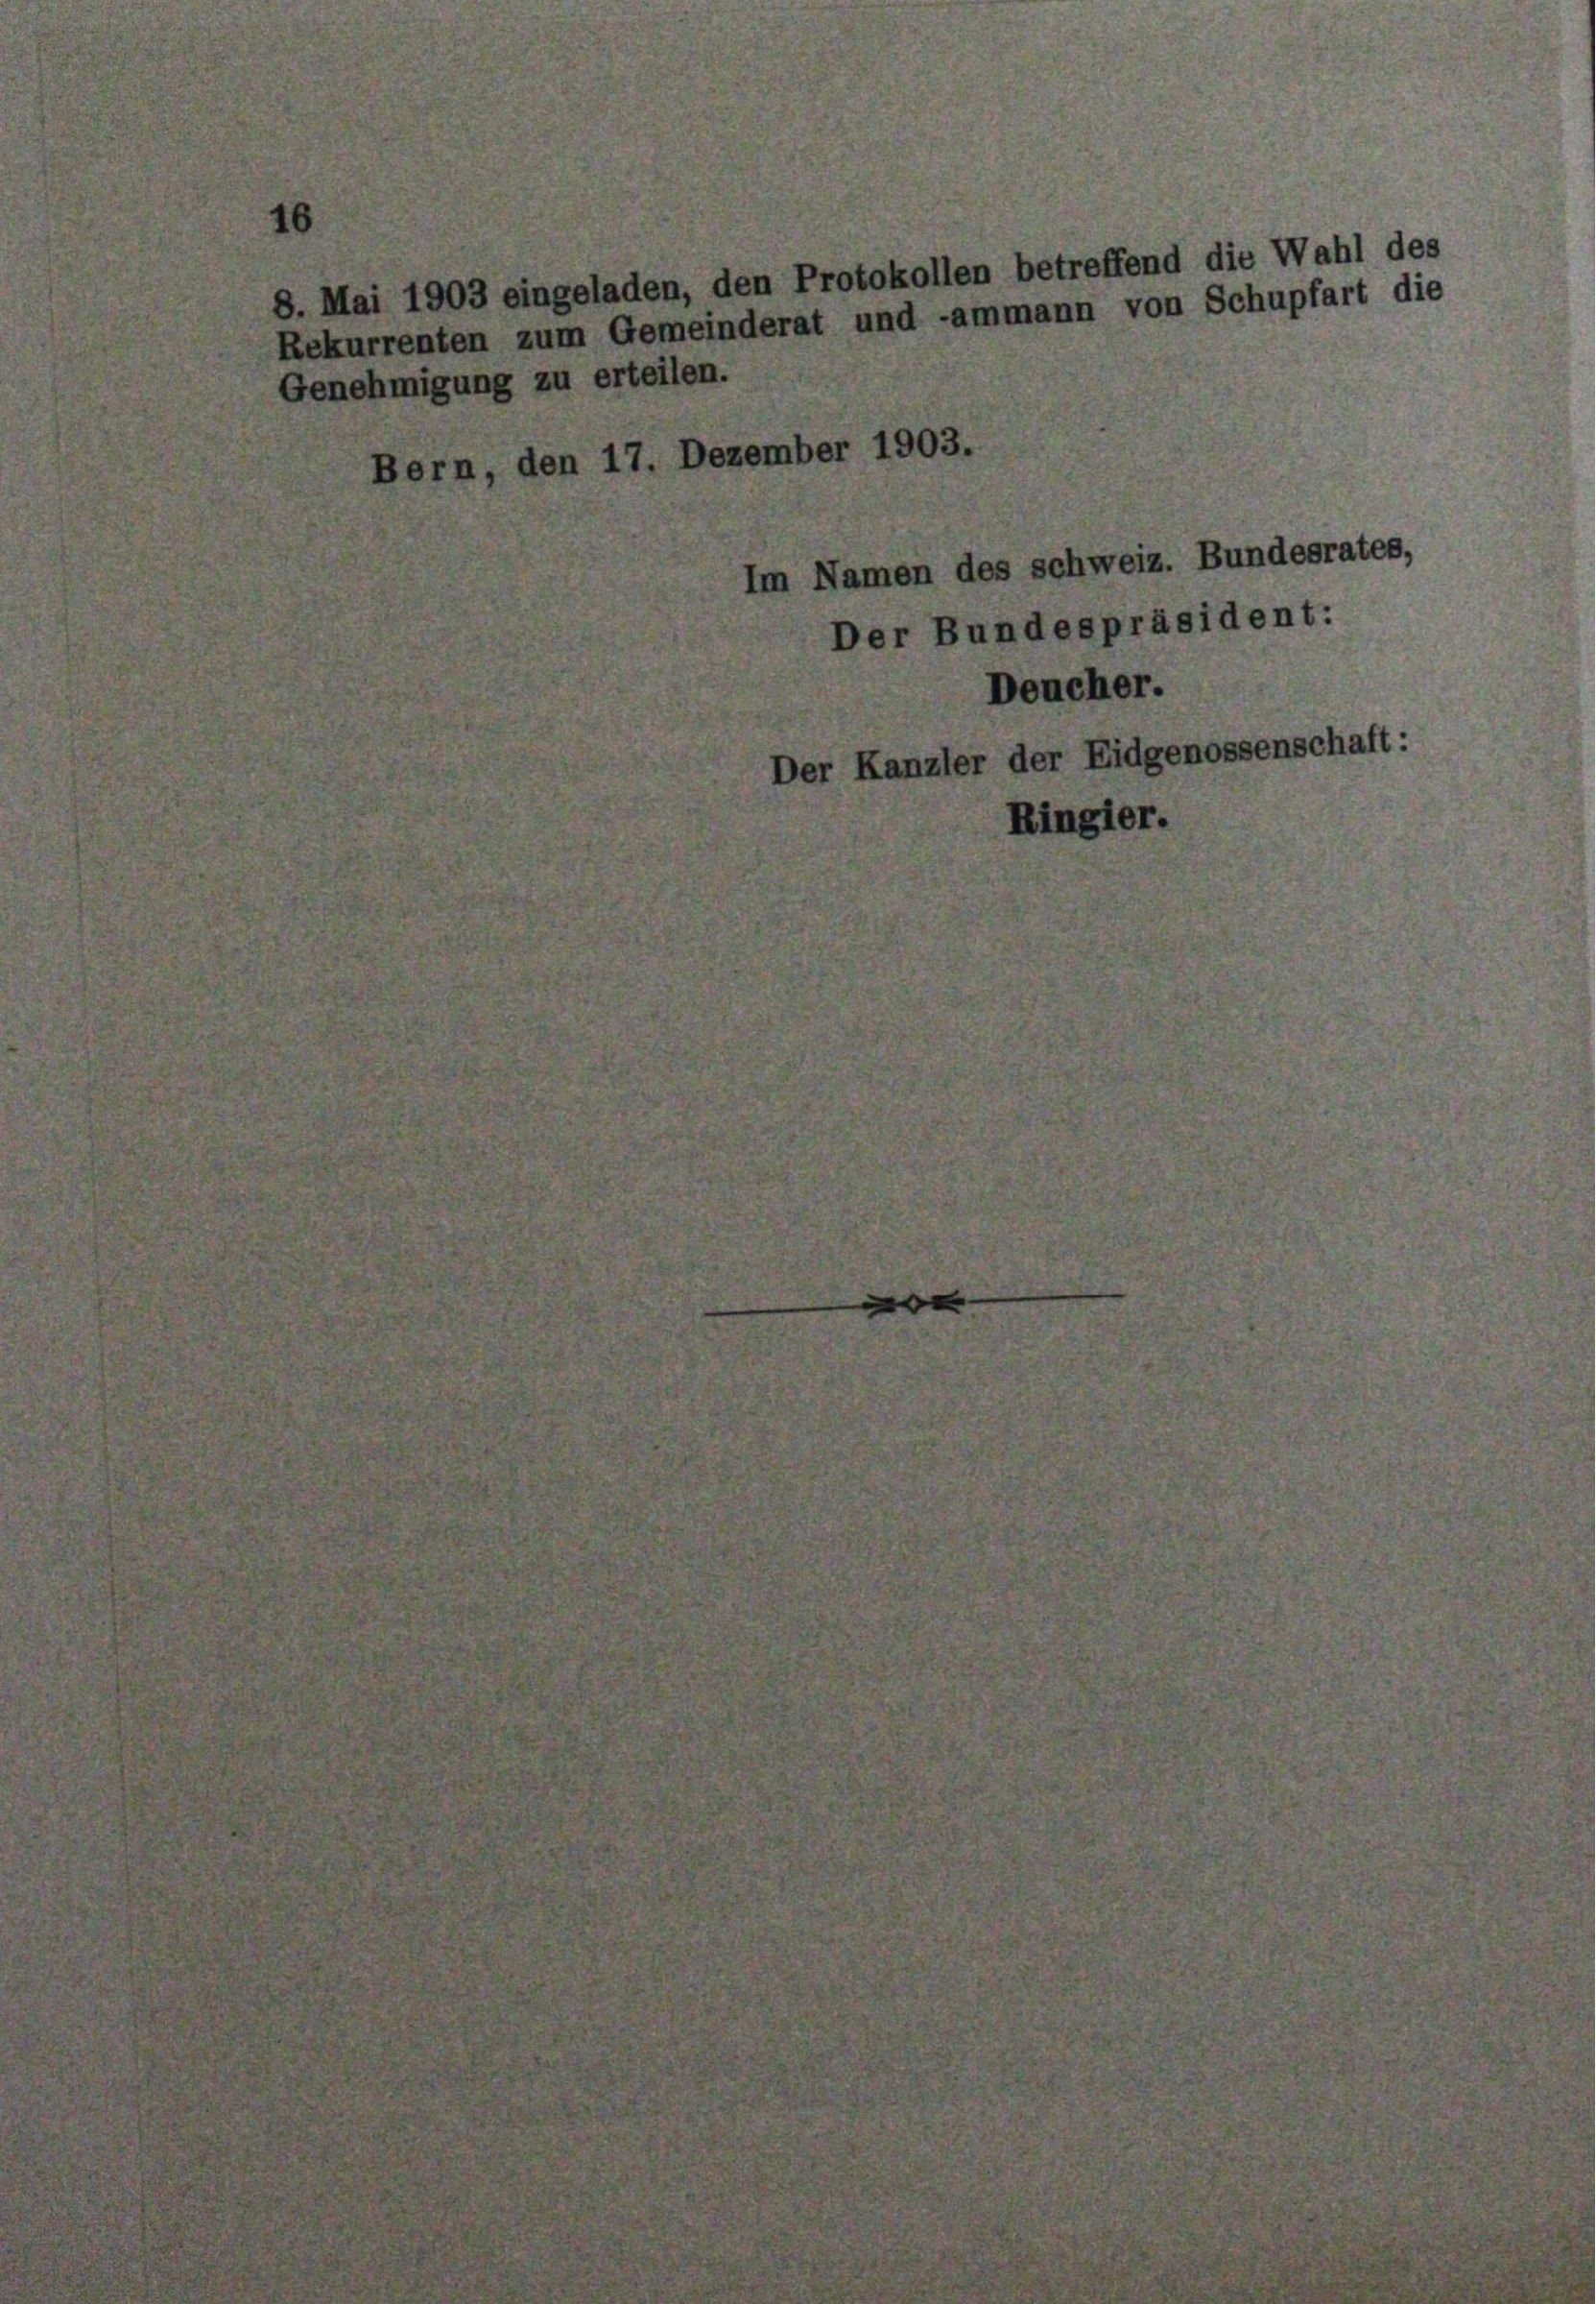
Mai 1903 eingeladen,
enehmigung zu erteilen.

n.

den

7.

.

den Protokollen betreffend die Wahl des
ekurrenten zum Gemeinderat und -ammann von Schupfart die

zember 190.

n Namen des schweiz. Bundesrates,
Der Bundespräsident:
Deucher.
er Kanzler der Eidgeno
Ringier.

sch

aft: